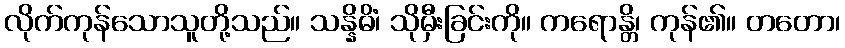
လိုက်ကုန်သောသူတို့သည်။ သန္နိဓိံ၊ သိုမှီးခြင်းကို။ ကရောန္တိ၊ ကုန်၏။ တတော၊